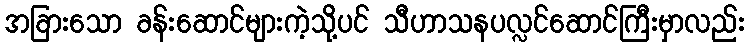
အခြားသော ခန်းဆောင်များကဲ့သို့ပင် သီဟာသနပလ္လင်ဆောင်ကြီးမှာလည်း